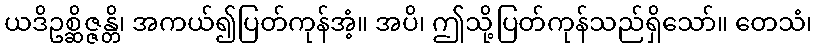
ယဒိဥစ္ဆိဇ္ဇန္တိ၊ အကယ်၍ပြတ်ကုန်အံ့။ အပိ၊ ဤသို့ပြတ်ကုန်သည်ရှိသော်။ တေသံ၊